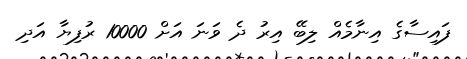
ފައިސާގެ އިނާމެއް ލިބޭ އިރު ދެ ވަނަ އަށް 10000 ރުފިޔާ އަދި